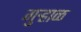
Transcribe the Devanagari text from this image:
गुऱ्हाळ